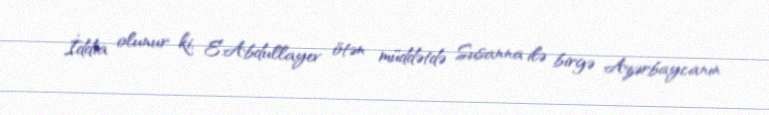
İddia olunur ki, E.Abdullayev ötən müddətdə Susanna ilə birgə Azərbaycanın